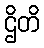
ဌိတိ